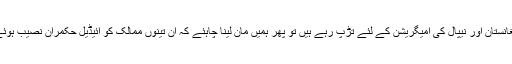
اگر آج لوگ کینیڈا، برطانیہ اور امریکہ کی شہریت چھوڑ کر ایران، افغانستان اور نیپال کی امیگریشن کے لئے تڑپ رہے ہیں تو پھر ہمیں مان لینا چاہئے کہ ان تینوں ممالک کو آئیڈیل حکمران نصیب ہوئے اور اگر ایسا نہیں تو پھر مسئلہ پھٹا ہوا کوٹ پہننے سے آگے کا ہے۔